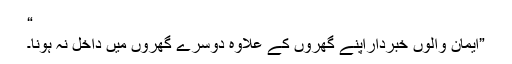
“
”ايمان والوں خبرداراپنے گھروں کے علاوہ دوسرے گھروں ميں داخل نہ ہونا۔